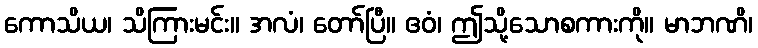
ကောသိယ၊ သိကြားမင်း။ အလံ၊ တော်ပြီ။ ဧဝံ၊ ဤသို့သောစကားကို။ မာဘဏိ၊